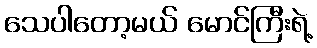
သေပါတော့မယ် မောင်ကြီးရဲ့